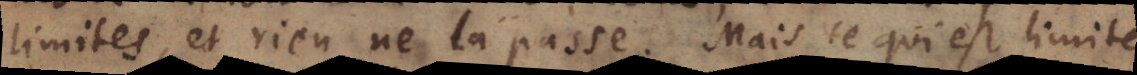
limites, et rien ne la passe. Mais ce qui est limité